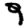
Digit: 9